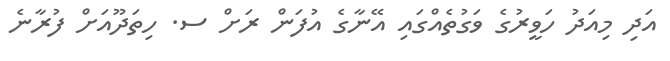
އަދި މިއަދު ހަވީރުގެ ވަގުތެއްގައި އޭނާގެ އުފަން ރަށް ސ. ހިތަދޫއަށް ފުރާނެ